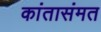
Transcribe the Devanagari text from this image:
कांतासंमत